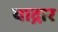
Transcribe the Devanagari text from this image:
याद्गार